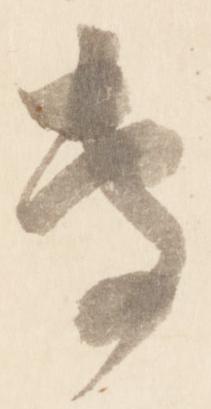
専